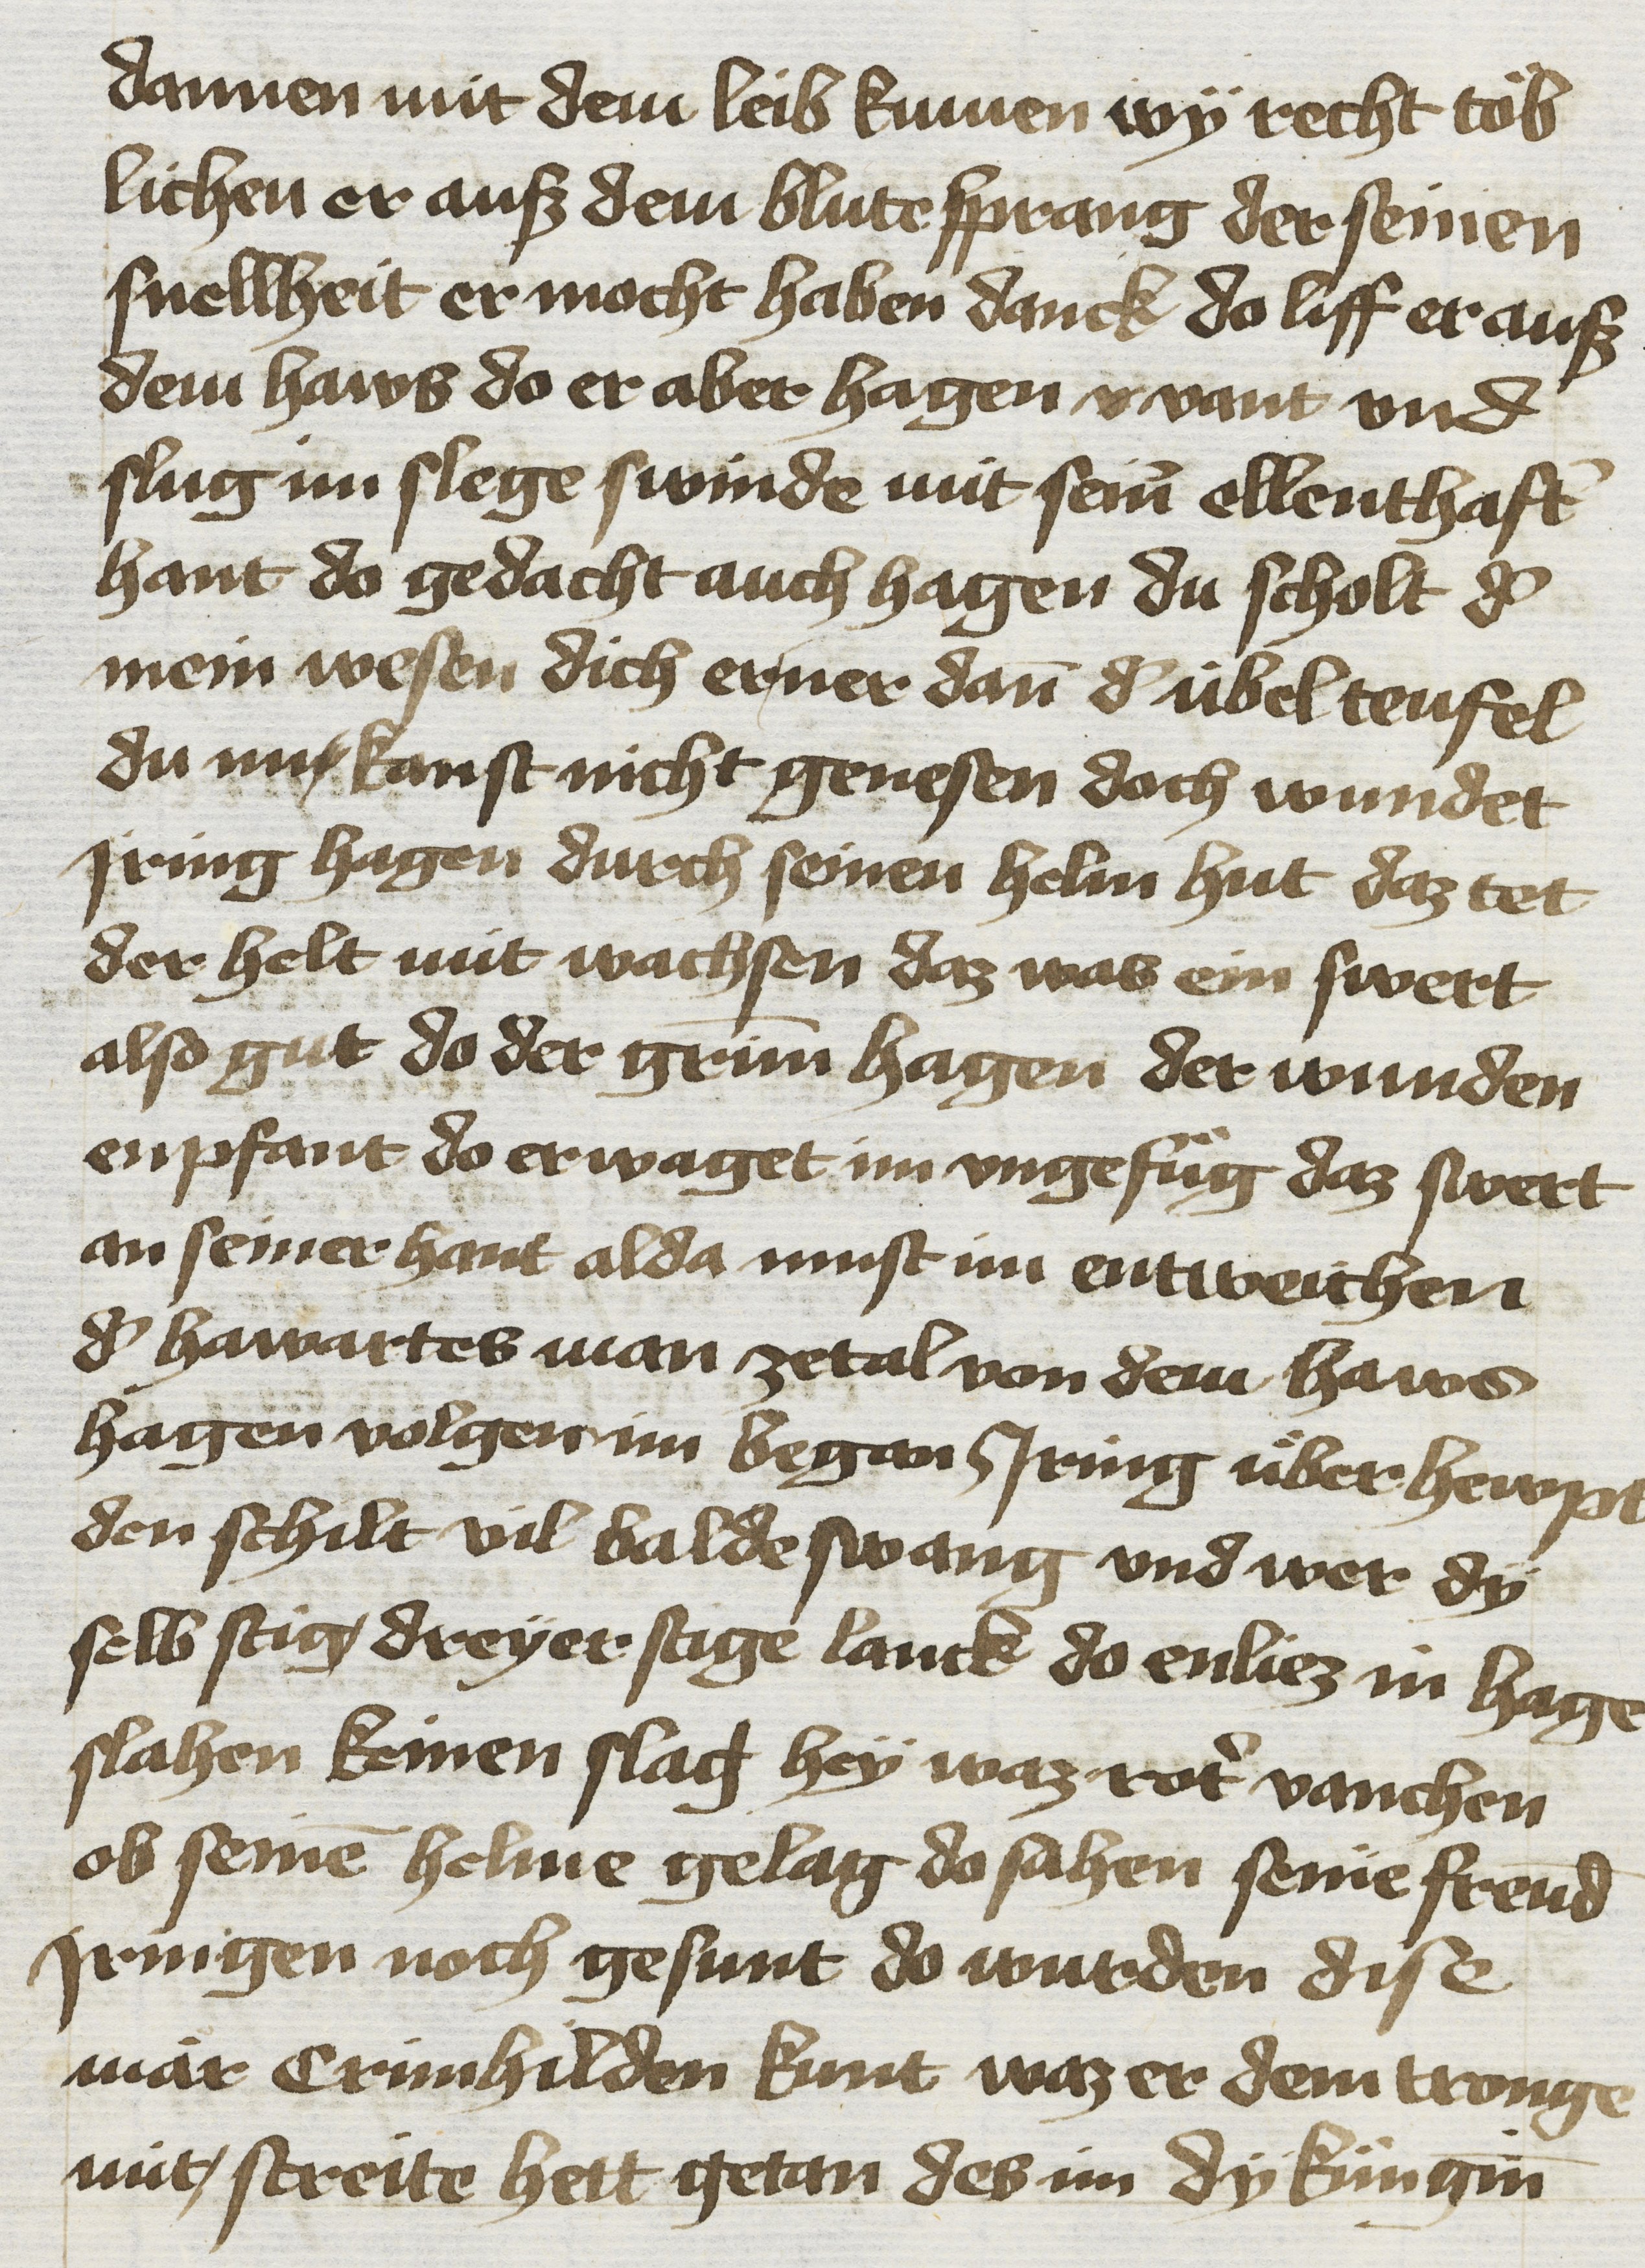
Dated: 1425–1449